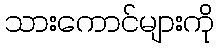
သားကောင်များကို